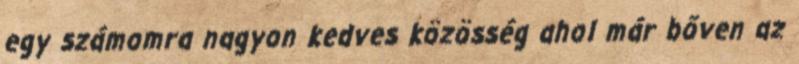
egy számomra nagyon kedves közösség ahol már bőven az